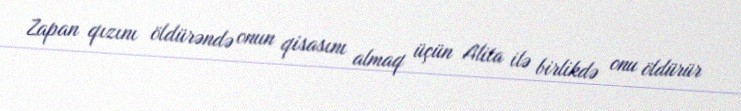
Zapan qızını öldürəndə onun qisasını almaq üçün Alita ilə birlikdə onu öldürür